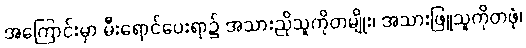
အကြောင်းမှာ မီးရောင်ပေးရာ၌ အသားညိုသူကိုတမျိုး၊ အသားဖြူသူကိုတဖုံ၊